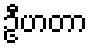
ဦဟတာ